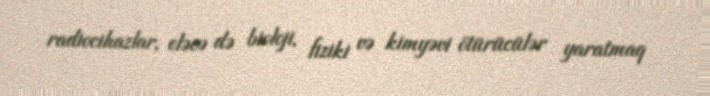
radiocihazlar, eləcə də bioloji, fiziki və kimyəvi ötürücülər yaratmaq